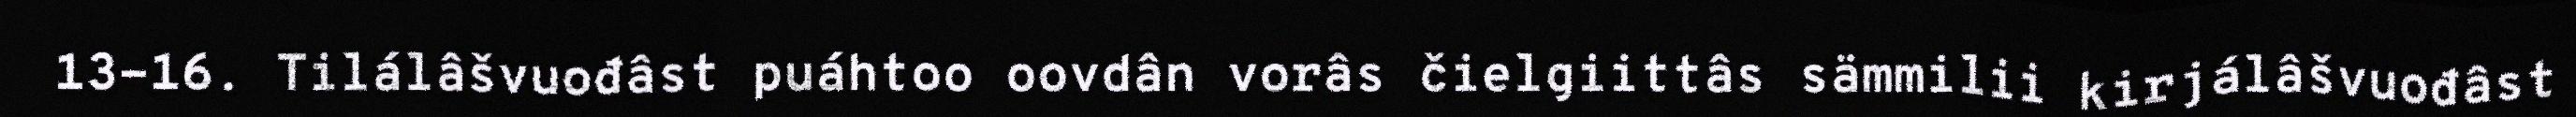
13-16. Tilálâšvuođâst puáhtoo oovdân vorâs čielgiittâs sämmilii kirjálâšvuođâst